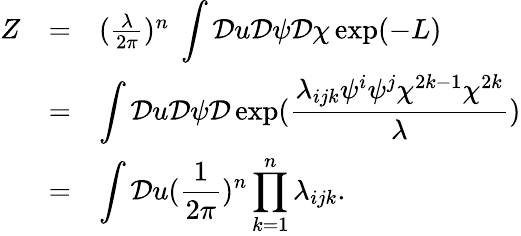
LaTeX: \begin{array}{lll}{{Z}}&{{=}}&{{(\frac{\lambda}{2\pi})^{n}\ \displaystyle\int{\cal D}u{\cal D}\psi{\cal D}\chi\exp(-L)}}\\ {{~}}&{{=}}&{{\displaystyle\int{\cal D}u{\cal D}\psi{\cal D}\exp(\frac{\lambda_{ijk}\psi^{i}\psi^{j}\chi^{2k-1}\chi^{2k}}{\lambda})}}\\ {{~}}&{{=}}&{{\displaystyle\int{\cal D}u(\frac{1}{2\pi})^{n}\prod_{k=1}^{n}\lambda_{ijk}.}}\end{array}